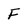
Character: F